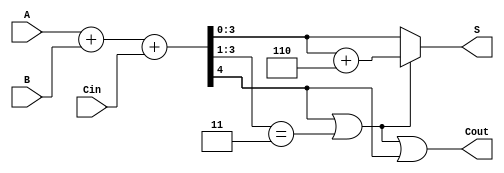
module BCD_Ripple_Carry_Adder(
    input [3:0] A,      // First BCD input
    input [3:0] B,      // Second BCD input
    input Cin,          // Carry-in
    output [3:0] S,     // BCD sum output
    output Cout         // Carry-out
);

wire [4:0] sum;       // Intermediate sum (5 bits to accommodate carry)
wire correction;      // Signal to indicate if correction is needed
wire [3:0] corrected_sum; // Corrected output after adding 6

// Step 1: Ripple Carry Addition
assign sum = A + B + Cin;

// Step 2: Checking for correction
assign correction = (sum[4] || (sum[3:1] == 3'b011));

// Step 3: Calculate corrected sum
assign corrected_sum = sum + 4'b0110;

// Step 4: Determine final sum and carry-out
assign S = correction ? corrected_sum[3:0] : sum[3:0];
assign Cout = correction || sum[4];

endmodule